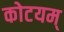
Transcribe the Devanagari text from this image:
कोटयम्